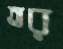
তর